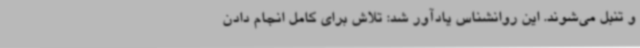
و تنبل می‌شوند. این روانشناس یادآور شد: تلاش برای کامل انجام دادن